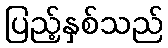
ပြည့်နှစ်သည်